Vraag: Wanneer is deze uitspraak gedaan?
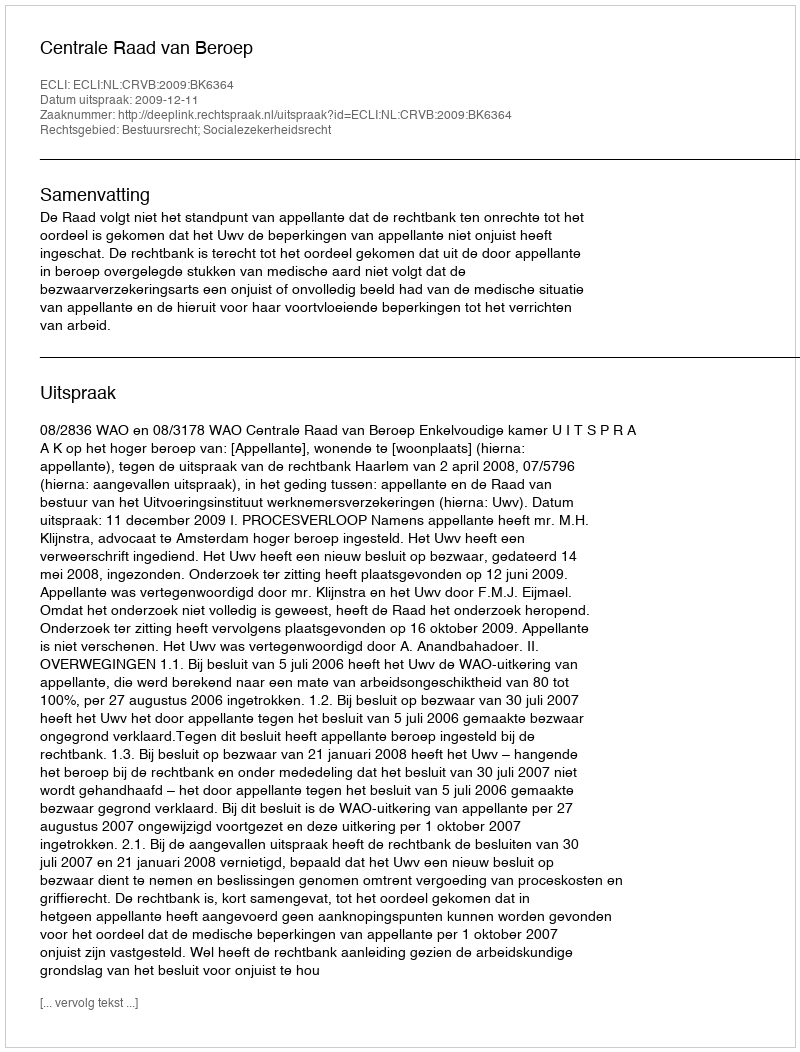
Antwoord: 2009-12-11